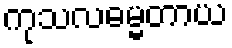
ကုသလဓမ္မတာယ